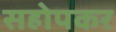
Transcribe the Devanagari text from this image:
सहोपकर